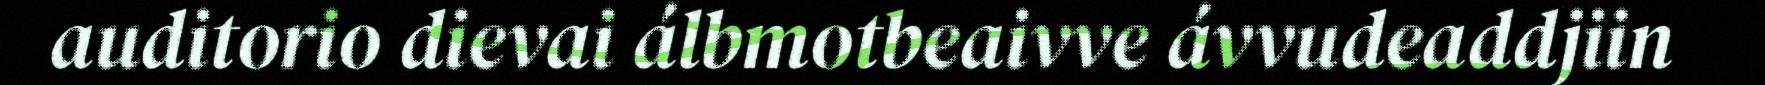
auditorio dievai álbmotbeaivve ávvudeaddjiin